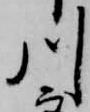
川